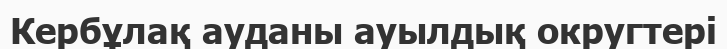
Кербұлақ ауданы ауылдық округтері